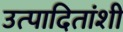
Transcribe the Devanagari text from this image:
उत्पादितांशी